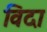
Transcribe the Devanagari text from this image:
विदा